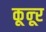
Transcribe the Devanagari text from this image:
कून्‍ूर